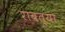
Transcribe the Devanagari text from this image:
राबत्या